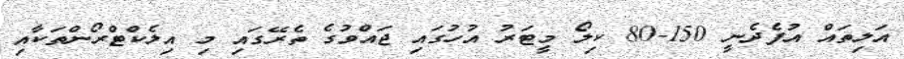
އަލިތައް އުފެދެނީ 150-80 ކިލޯ މީޓަރު އުހުގައި ޖައްވުގެ ތެރޭގައި މި އިލެކްޓްރޯންތަކާއި